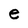
Character: e